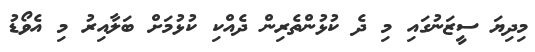
މިދިޔަ ސީޒަނުގައި މި ދެ ކުޅުންތެރިން ދެއްކި ކުޅުމަށް ބަލާއިރު މި އެވޯޑު